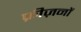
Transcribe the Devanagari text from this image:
फ्रीज़नों